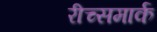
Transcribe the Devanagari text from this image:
रीच्समार्क